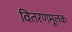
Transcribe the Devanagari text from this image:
वितरणमूलक